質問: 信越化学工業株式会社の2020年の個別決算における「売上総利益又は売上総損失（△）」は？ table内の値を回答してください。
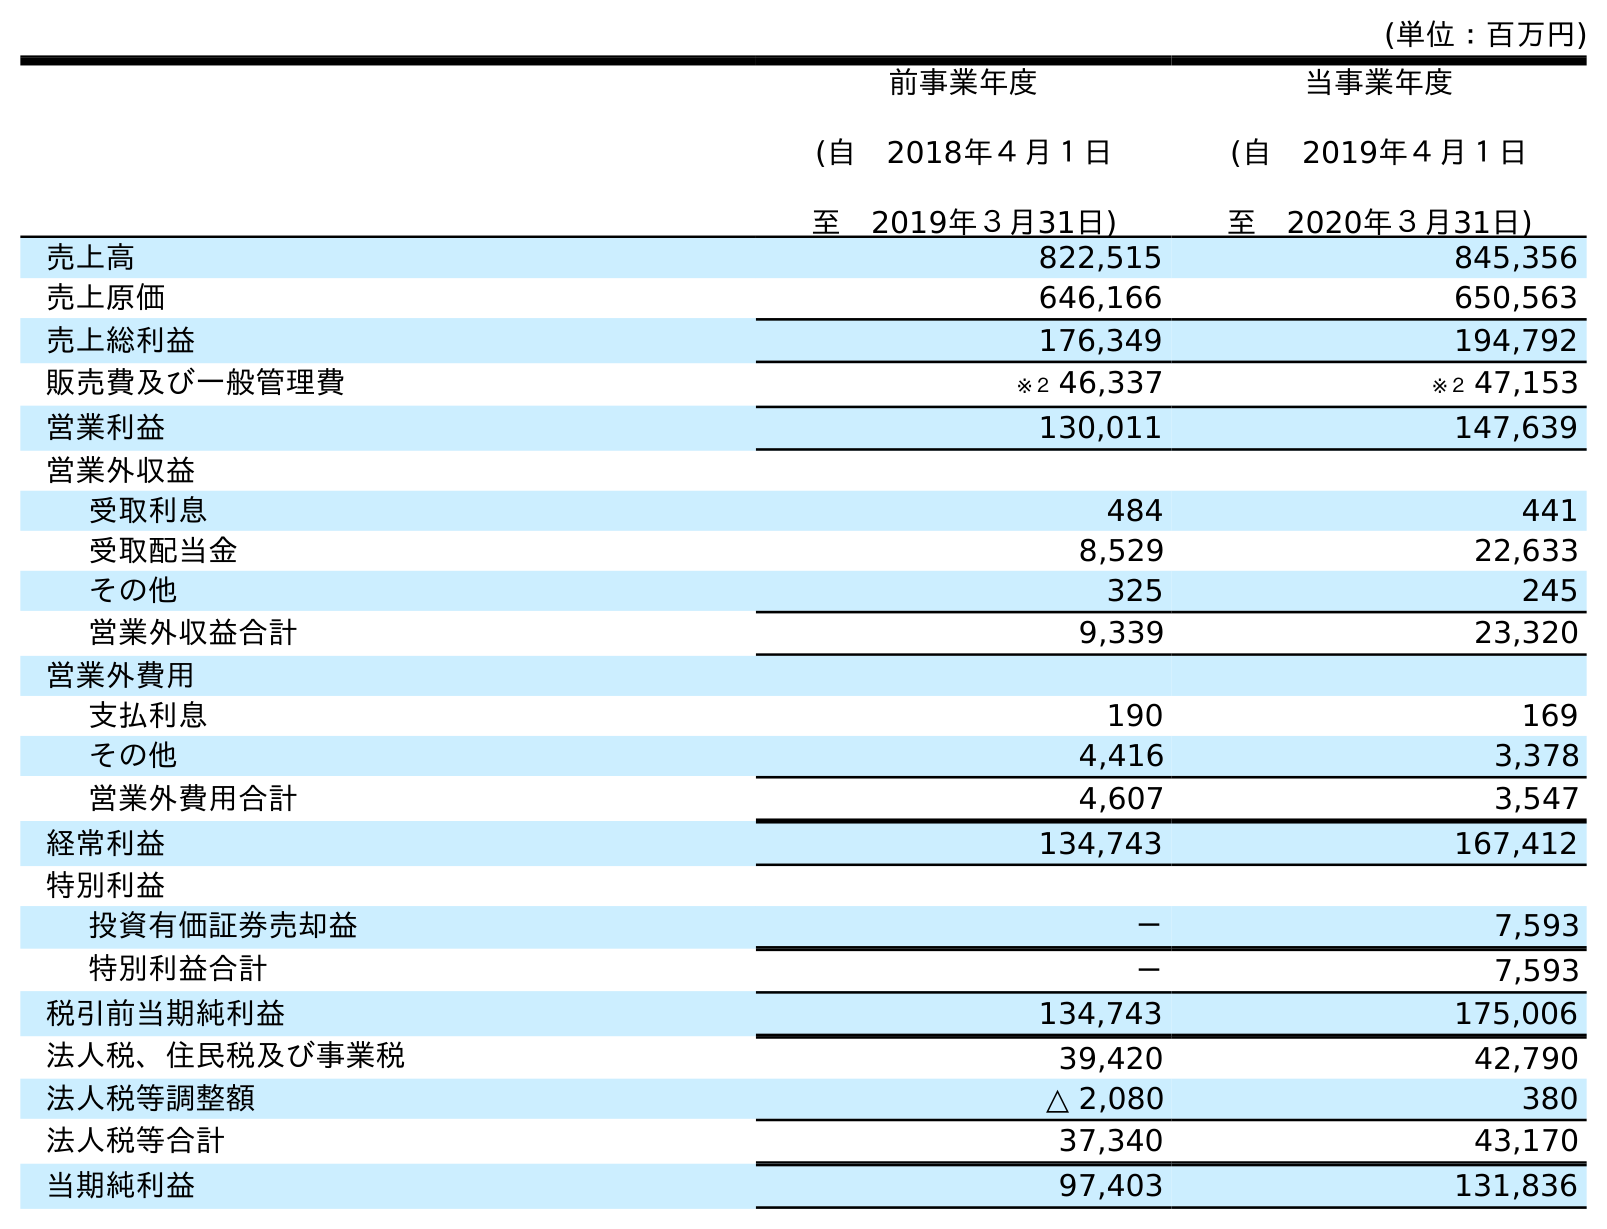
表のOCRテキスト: (単位：百万円) 前事業年度 (自 2018年４月１日 至 2019年３月31日) 当事業年度 (自 2019年４月１日 至 2020年３月31日) 売上高 822,515 845,356 売上原価 646,166 650,563 売上総利益 176,349 194,792 販売費及び一般管理費 ※２ 46,337 ※２ 47,153 営業利益 130,011 147,639 営業外収益 受取利息 484 441 受取配当金 8,529 22,633 その他 325 245 営業外収益合計 9,339 23,320 営業外費用 支払利息 190 169 その他 4,416 3,378 営業外費用合計 4,607 3,547 経常利益 134,743 167,412 特別利益 投資有価証券売却益 － 7,593 特別利益合計 － 7,593 税引前当期純利益 134,743 175,006 法人税、住民税及び事業税 39,420 42,790 法人税等調整額 △ 2,080 380 法人税等合計 37,340 43,170 当期純利益 97,403 131,836
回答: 194,792